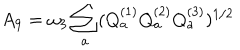
LaTeX: A _ { 9 } = \omega _ { 3 } \sum _ { a } ( Q _ { a } ^ { ( 1 ) } Q _ { a } ^ { ( 2 ) } Q _ { a } ^ { ( 3 ) } ) ^ { 1 / 2 }